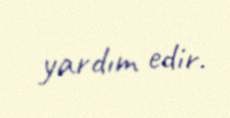
yardım edir.